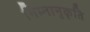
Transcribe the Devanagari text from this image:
निम्नानुकृति